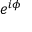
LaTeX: e ^ { i \phi }